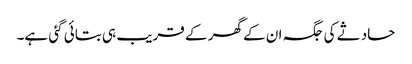
حادثے کی جگہ ان کے گھر کے قریب ہی بتائی گئی ہے۔